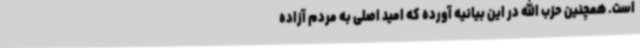
است. همچنین حزب الله در این بیانیه آورده که امید اصلی به مردم آزاده